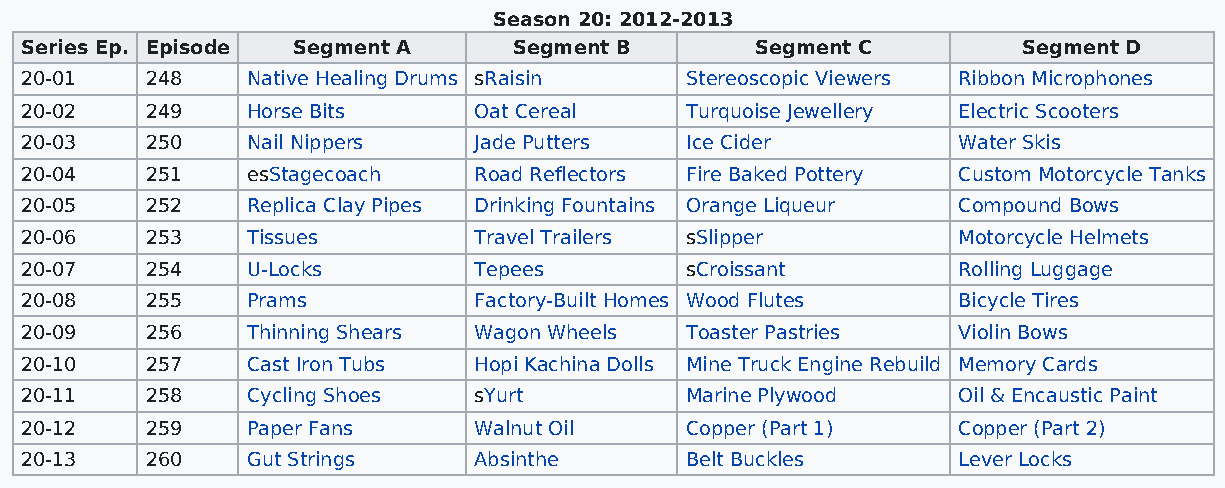
Season 20: 2012-2013
 Series Ep. Episode Segment A     Segment B       Segment C         Segment D
 20-01    248   Native Healing Drums sRaisin Stereoscopic Viewers Ribbon Microphones
 20-02    249   Horse Bits     Oat Cereal    Turquoise Jewellery Electric Scooters
 20-03    250   Nail Nippers   Jade Putters  Ice Cider         Water Skis
 20-04    251   esStagecoach   Road Reflectors Fire Baked Pottery Custom Motorcycle Tanks
 20-05    252   Replica Clay Pipes Drinking Fountains Orange Liqueur Compound Bows
 20-06    253   Tissues        Travel Trailers sSlipper        Motorcycle Helmets
 20-07    254   U-Locks        Tepees        sCroissant        Rolling Luggage
 20-08    255   Prams          Factory-Built Homes Wood Flutes Bicycle Tires
 20-09    256   Thinning Shears Wagon Wheels Toaster Pastries  Violin Bows
 20-10    257   Cast Iron Tubs Hopi Kachina Dolls Mine Truck Engine Rebuild Memory Cards
 20-11    258   Cycling Shoes  sYurt         Marine Plywood    Oil & Encaustic Paint
 20-12    259   Paper Fans     Walnut Oil    Copper (Part 1)   Copper (Part 2)
 20-13    260   Gut Strings    Absinthe      Belt Buckles      Lever Locks